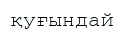
қуғындай